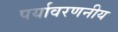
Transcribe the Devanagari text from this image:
पर्यावरणनीय